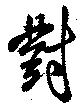
對